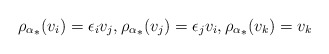
\begin{align*} {\rho_\alpha}_*(v_i)=\epsilon_i v_j,{\rho_\alpha}_*(v_j)=\epsilon_j v_i, {\rho_\alpha}_*(v_k)=v_k \ \end{align*}